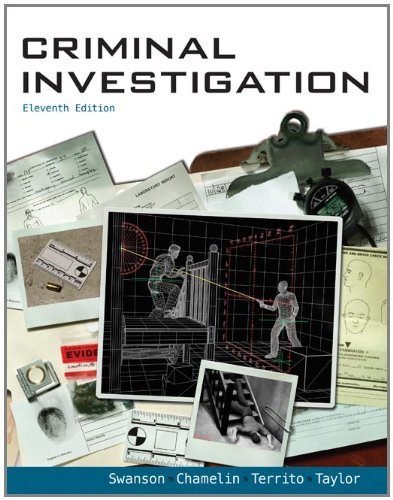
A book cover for Criminal Investigation; Charles Swanson; Law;